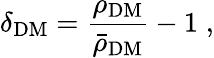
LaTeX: \delta_{\mathrm{DM}}=\frac{\rho_{\mathrm{DM}}}{\bar{\rho}_{\mathrm{DM}}}-1\; ,